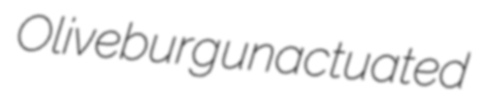
Oliveburg unactuated